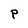
Character: P